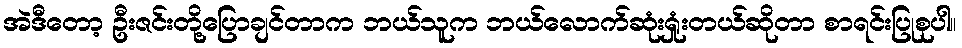
အဲဒီတော့ ဦးဇင်းတို့ပြောချင်တာက ဘယ်သူက ဘယ်လောက်ဆုံးရှုံးတယ်ဆိုတာ စာရင်းပြုစုပါ။